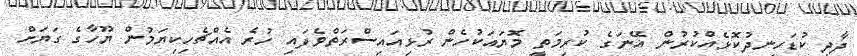
ދާދި ކުޑަހިނދުކޮޅެއްކުރުން އޭނަގެ ކުރިމަތީ މޮޔައަކުހެން ރުޅިއައިސްރަތްވެފައި ހުރެ އެއްޗެހިކިޔަމުން ޔޫހާގެ ގަޔަށް